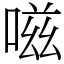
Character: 嗞